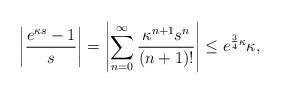
LaTeX: \begin{align*} \left| \frac{e^{\kappa s}-1}{s} \right| &= \left| \sum_{n=0}^\infty \frac{\kappa^{n+1}s^n}{(n+1)!} \right| \leq e^{\frac{3}{4}\kappa}\kappa,\end{align*}